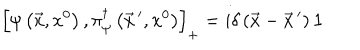
\left[ \psi \left( \vec { x } , x ^ { 0 } \right) , \pi _ { \psi } ^ { \dagger } \left( \vec { x } \, ^ { \prime } , x ^ { 0 } \right) \right] _ { + } = i \delta \left( \vec { x } - \vec { x } \, ^ { \prime } \right) { \bf 1 }